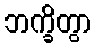
ဘက္ခိတွာ